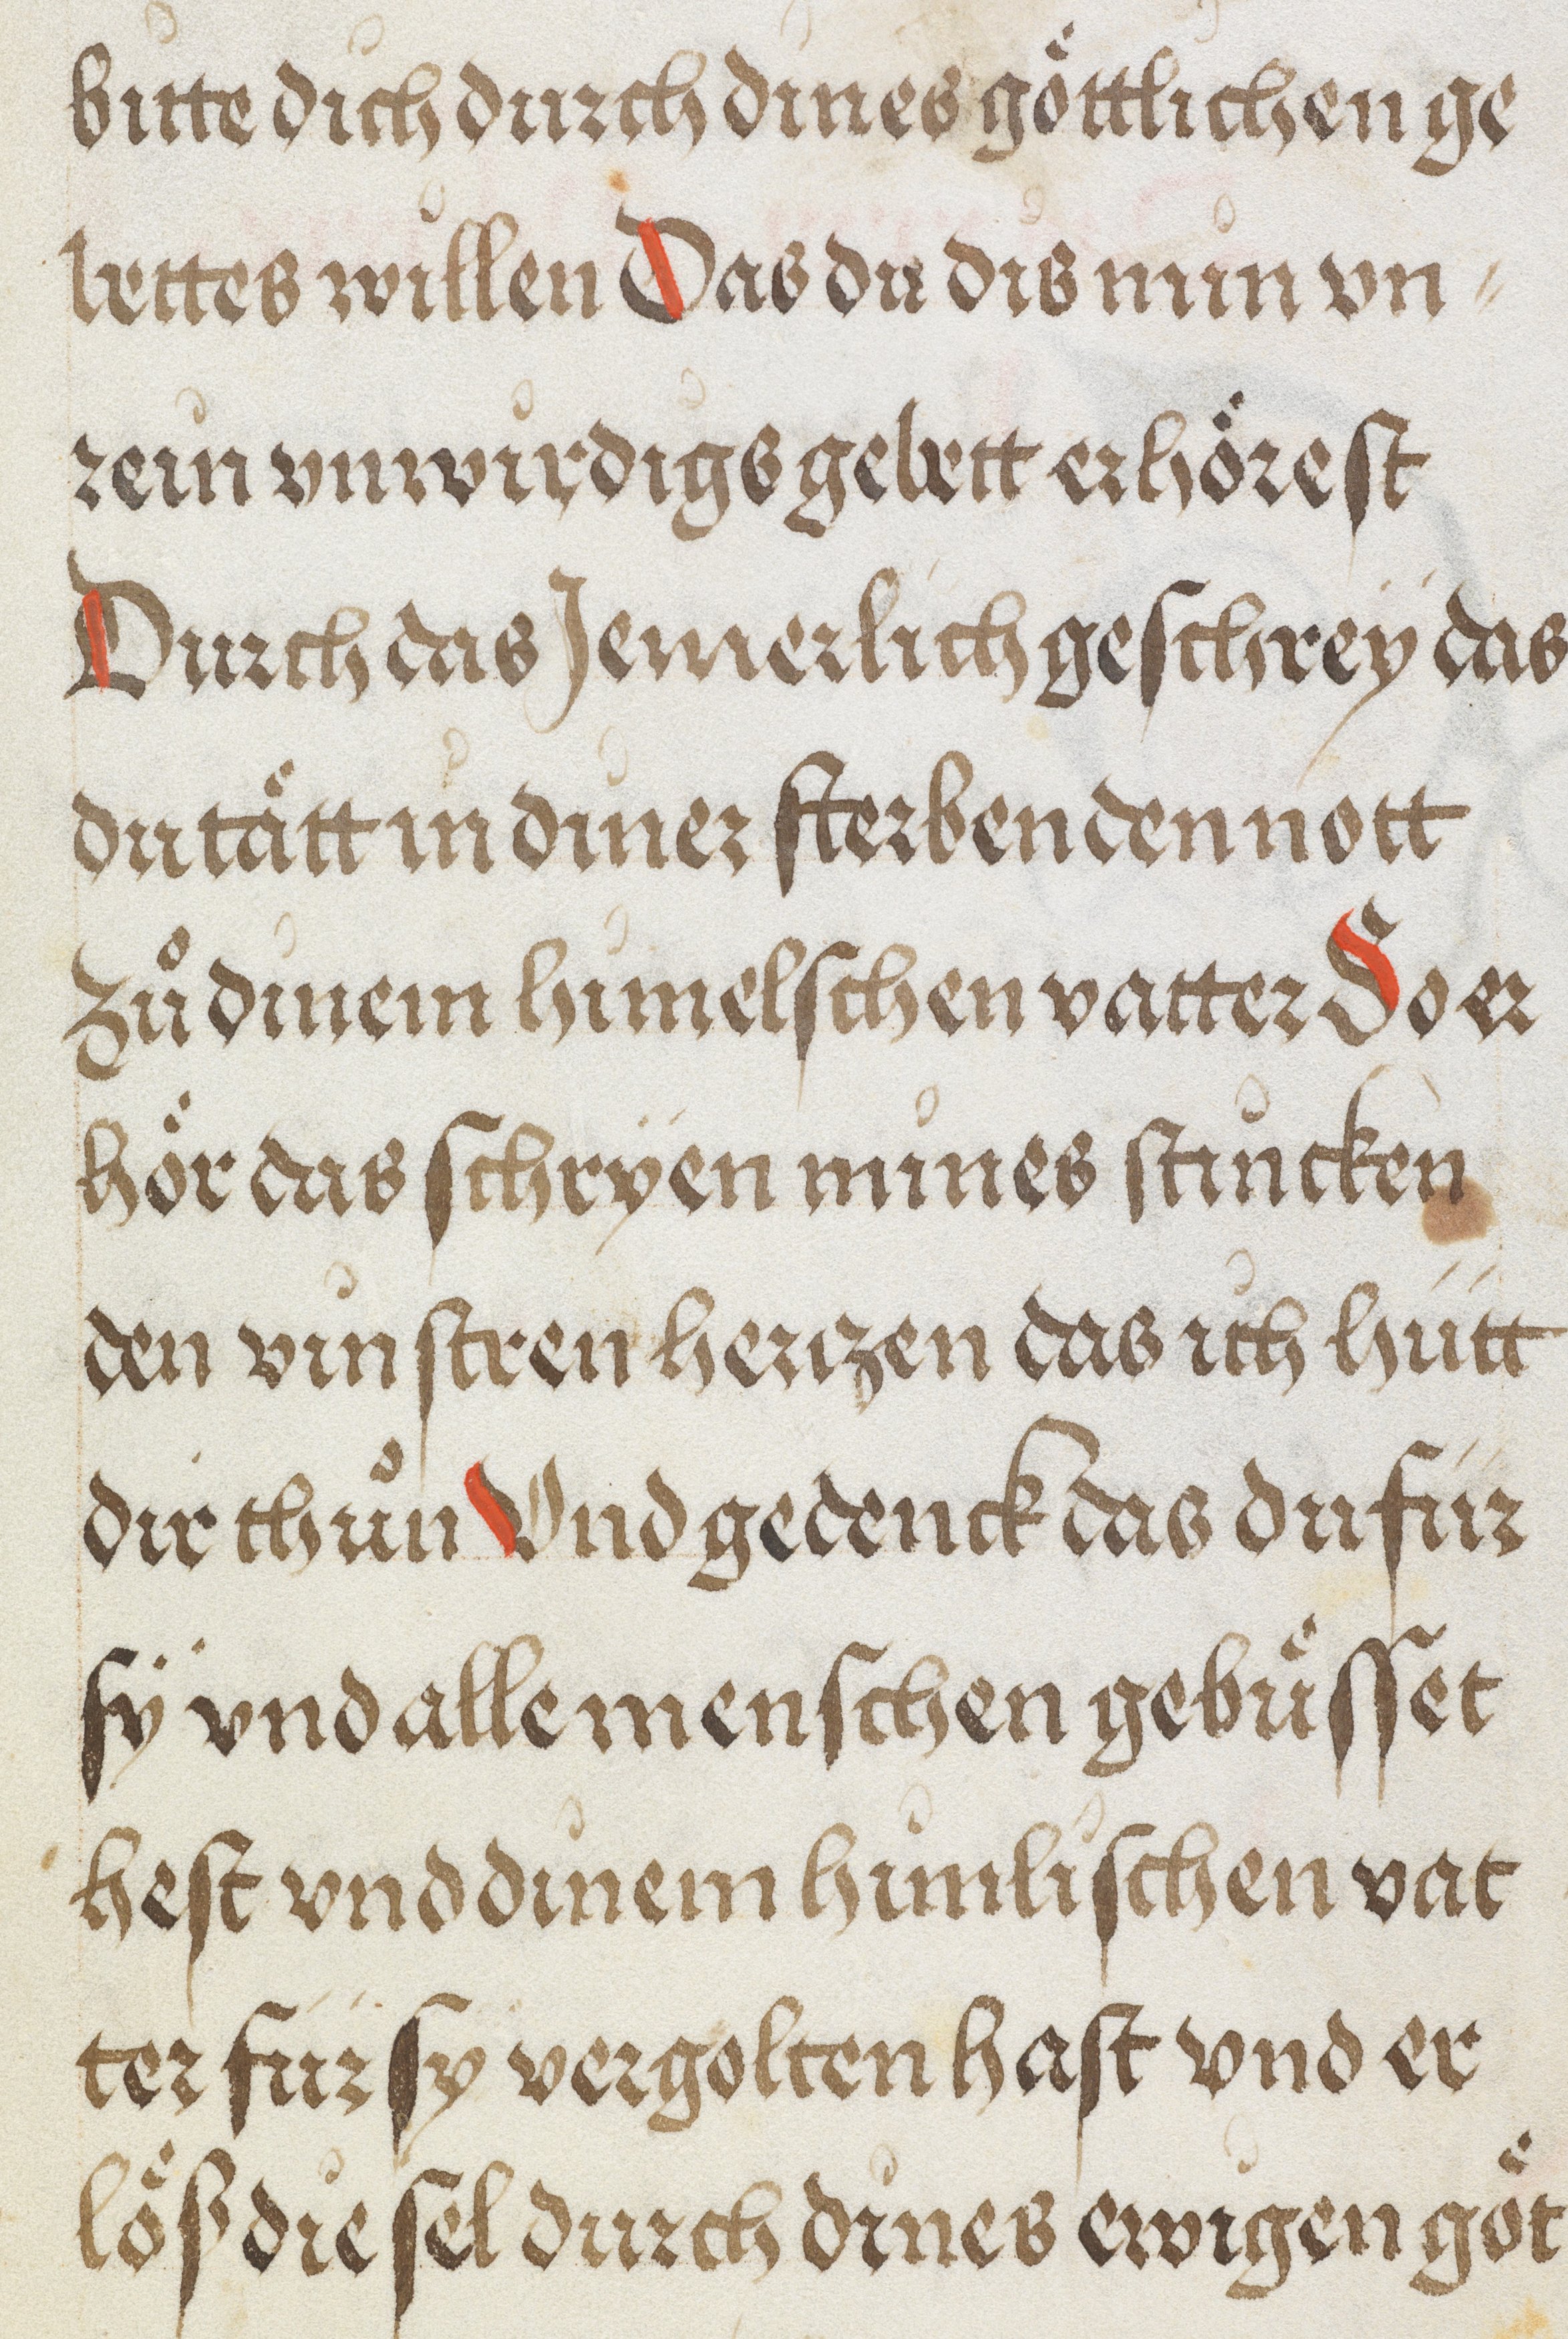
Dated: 1500–1530